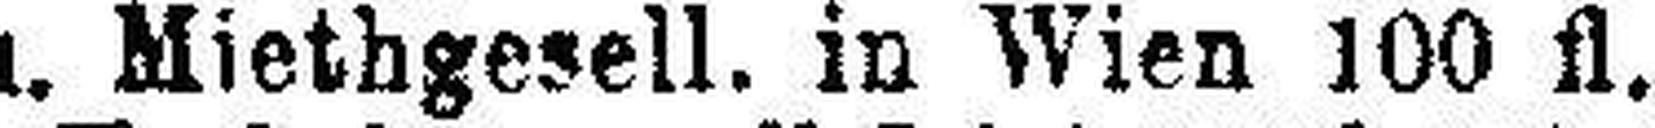
„ u. Miethgesell. in Wien 100 fl.